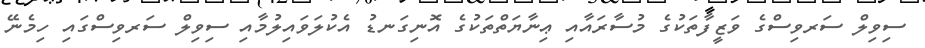
ސިވިލް ސަރވިސްގެ ވަޒީފާތަކުގެ މުސާރައާއި ޢިނާޔަތްތަކުގެ އޮނިގަނޑު އެކުލަވައިލުމާއި ސިވިލް ސަރވިސްގައި ހިމެނޭ